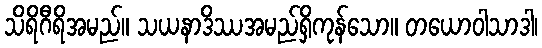
သိရိဂီရိအမည်။ သယနာဒိဿအမည်ရှိကုန်သော။ တယောဝါသာဒါ၊